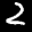
Label: 2